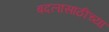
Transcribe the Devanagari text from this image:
बदलासाठीच्या